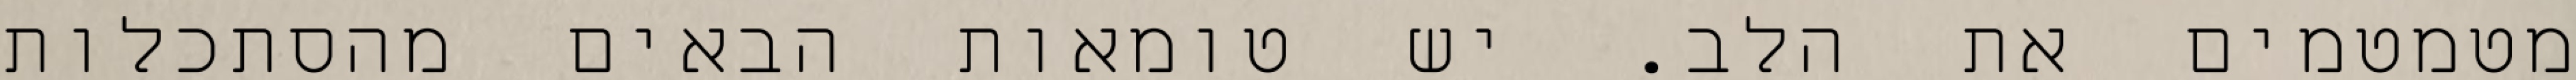
מטמטמים את הלב. יש טומאות הבאים מהסתכלות